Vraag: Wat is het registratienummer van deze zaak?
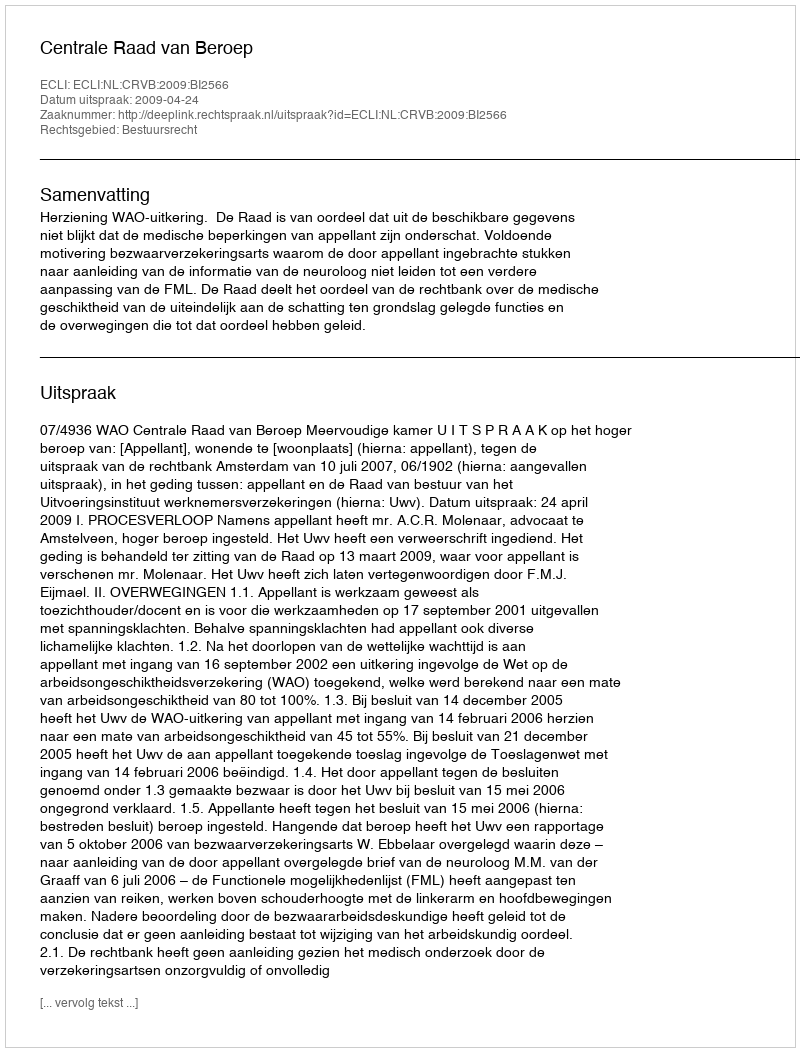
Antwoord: http://deeplink.rechtspraak.nl/uitspraak?id=ECLI:NL:CRVB:2009:BI2566